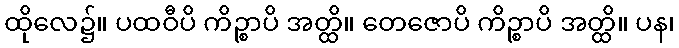
ထိုလေ၌။ ပထဝီပိ ကိဉ္စာပိ အတ္ထိ။ တေဇောပိ ကိဉ္စာပိ အတ္ထိ။ ပန၊